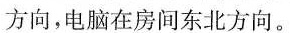
方向，电脑在房间东北方向。